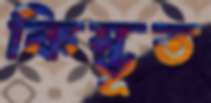
কিম্ভূত